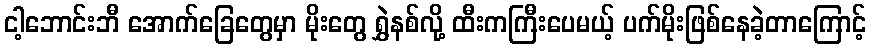
ငါ့ဘောင်းဘီ အောက်ခြေတွေမှာ မိုးတွေ ရွှဲနစ်လို့ ထီးကကြီးပေမယ့် ပက်မိုးဖြစ်နေခဲ့တာကြောင့်